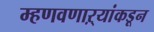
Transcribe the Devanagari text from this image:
म्हणवणाऱ्यांकडून